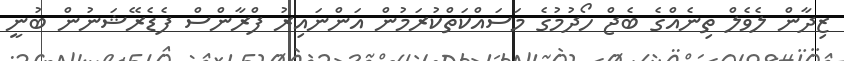
ޒިދާން ލެވެލް ތިނެއްގެ ބެޖް ހޯދުމުގެ މަސައްކަތްކުރަމުން އަންނައިރު ފްރާންސް ފެޑެރޭޝަނުން ބުނީ